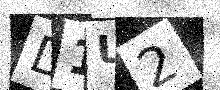
Text: D1U2